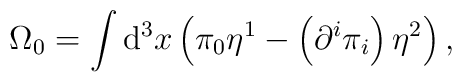
\Omega _{0}=\int \mathrm{d}^{3}x\left( \pi _{0}\eta ^{1}-\left( \partial^{i}\pi _{i}\right) \eta ^{2}\right) ,